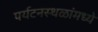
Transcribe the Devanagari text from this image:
पर्यटनस्थळांमध्ये